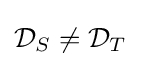
{\mathcal {D}}_{S}\neq {\mathcal {D}}_{T}